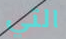
التي